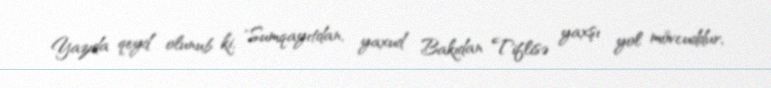
Yazıda qeyd olunub ki, "Sumqayıtdan, yaxud Bakıdan Tiflisə yaxşı yol mövcuddur,